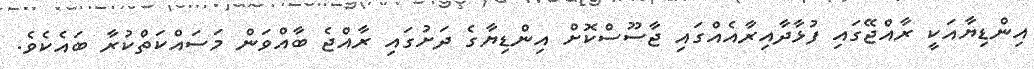
އިންޑިޔާއަކީ ރާއްޖޭގައި ފުޅާދާއިރާއެއްގައި ޖާސޫސްކޮށް އިންޑިޔާގެ ދަށުގައި ރާއްޖެ ބާއްވަން މަސައްކަތްކުރާ ބައެކެވެ.